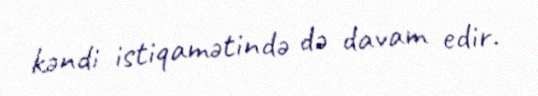
kəndi istiqamətində də davam edir.